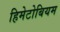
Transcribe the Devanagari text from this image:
हिमेटोबियम